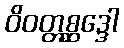
ဝိဝတ္တစ္ဆဒ္ဒေါ